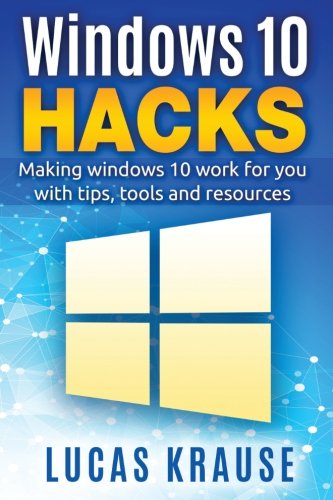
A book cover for Windows 10 Hacks: Making windows 10 work for you with tips, tools and resources; Mr Lucas P Krause; Computers & Technology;